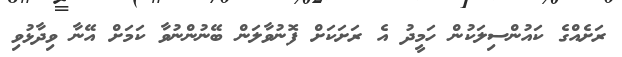
ރަށެއްގެ ކައުންސިލަކުން ހަމީދު އެ ރަށަކަށް ފޮނުވާލަން ބޭނުންނުވާ ކަމަށް އޭނާ ވިދާޅުވި